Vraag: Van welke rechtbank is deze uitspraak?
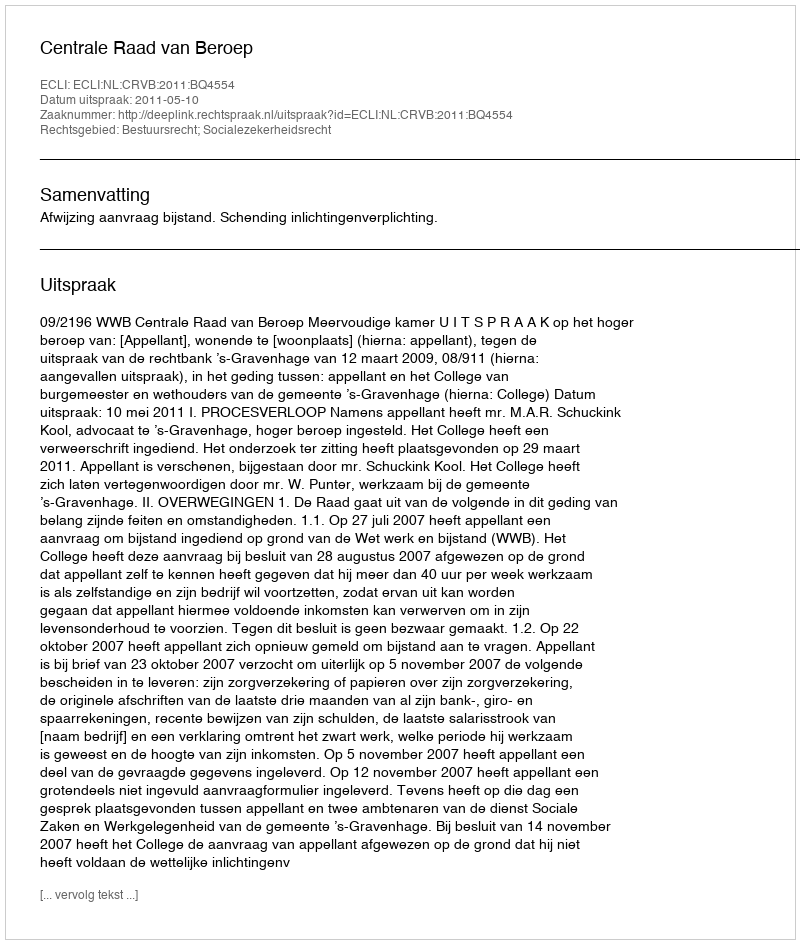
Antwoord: Centrale Raad van Beroep